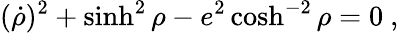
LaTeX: (\dot{\rho})^{2}+\sinh^{2}\rho-e^{2}\cosh^{-2}\rho=0\ ,